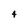
Character: 4